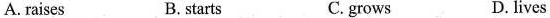
A. raises B. starts C. grows D.lives